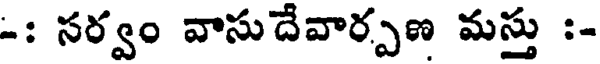
-: సర్వం వాసుదేవార్పణ మస్తు :-